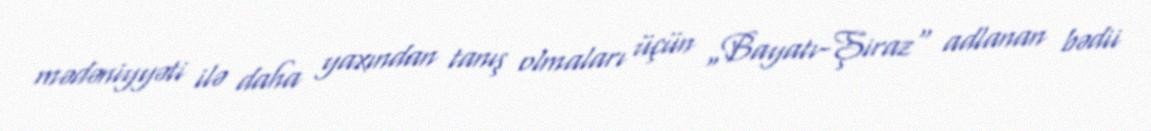
mədəniyyəti ilə daha yaxından tanış olmaları üçün „Bayatı-Şiraz“ adlanan bədii